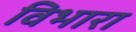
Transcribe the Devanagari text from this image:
विभारा